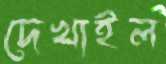
দেখাইল